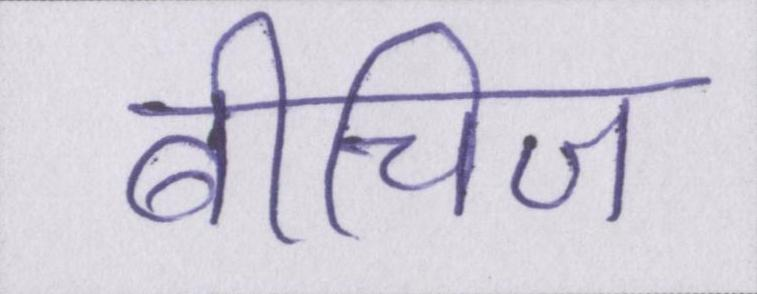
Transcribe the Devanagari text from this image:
बीचिज